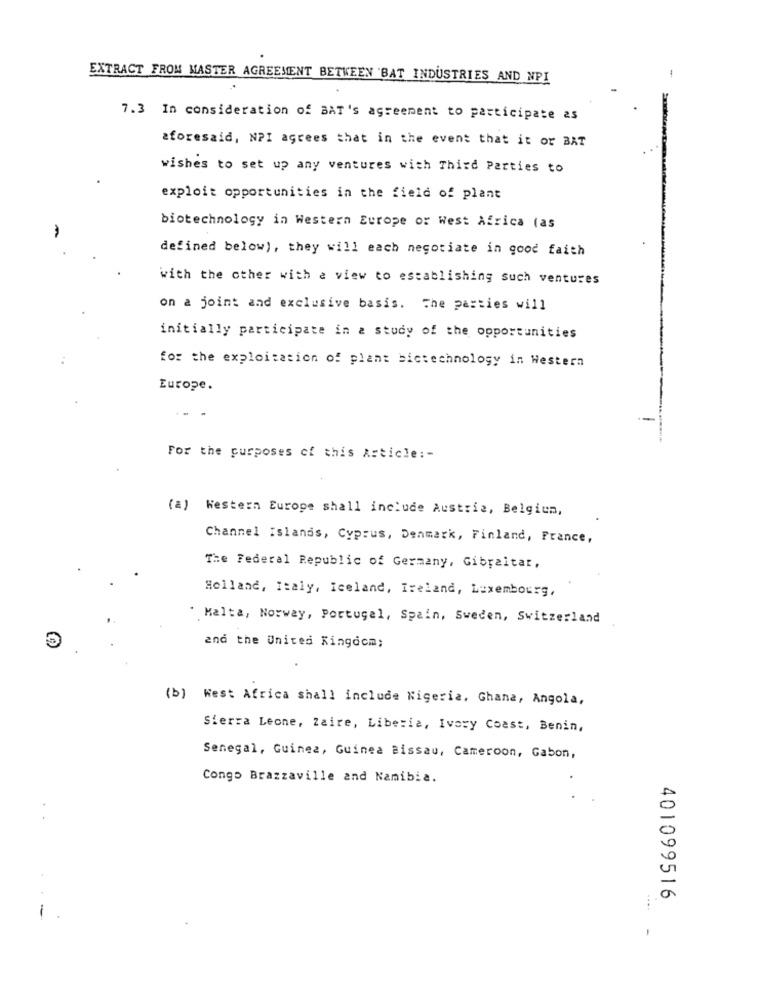
EXTRACT FROM MASTER AGREEMENT BETWEEN 'BAT INDUSTRIES AND NPI
7.3 In consideration of BAT's agreement to participate as
aforesaid, NPI agrees that in the event that it or BAT
wishes to set up any ventures with Third Parties to
exploit opportunities in the field of plant
biotechnology in Western Europe or West Africa (as
defined below), they will each negotiate in good faith
with the other with a view to establishing such ventures
on a joint and exclusive basis. The parties will
initially participate in a study of the opportunities
for the exploitation of plant bictechnology in Western
Europe.
For the purposes of this Article :-
(a) Western Europe shall include Austria, Belgium,
Channel Islands, Cyprus, Denmark, Finland, France,
The Federal Republic of Germany, Gibraltar,
Holland, Italy, iceland, Ireland, Luxembourg,
"Malta, Norway, Portugal, Spain, Sweden, Switzerland
and the United Kingdom;
(b) West Africa shall include Nigeria, Ghana, Angola,
Sierra Leone, Zaire, Liberia, Ivory Coast, Benin,
Senegal, Guinea, Guinea Bissau, Cameroon, Gabon,
Congo Brazzaville and Namibia.
401099516
-
-